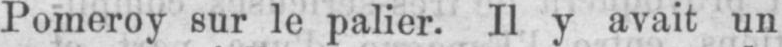
Pomeroy sur le palier. Il y avait un